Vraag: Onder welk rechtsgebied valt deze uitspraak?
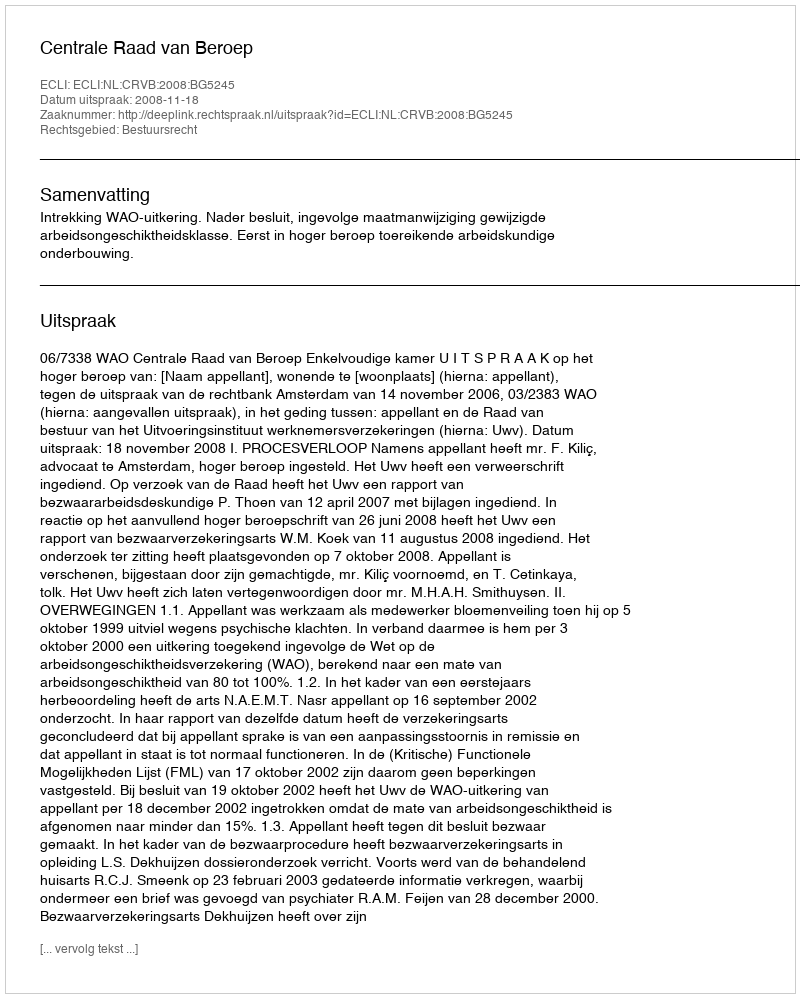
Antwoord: Bestuursrecht